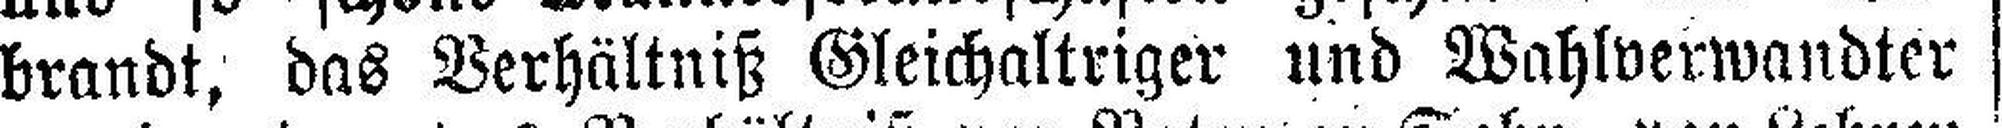
brandt, das Verhältniß Gleichaltriger und Wahlverwandter